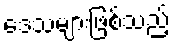
ဒေသများဖြစ်သည့်